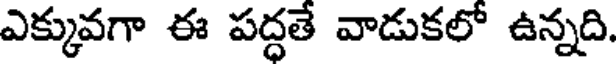
ఎక్కువగా ఈ పద్ధతే వాడుకలో ఉన్నది.